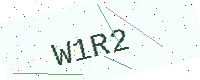
Text: W1R2